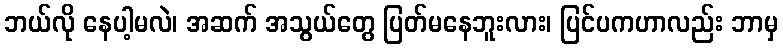
ဘယ်လို နေပါ့မလဲ၊ အဆက် အသွယ်တွေ ပြတ်မနေဘူးလား၊ ပြင်ပကဟာလည်း ဘာမှ